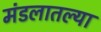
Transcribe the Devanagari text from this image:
मंडलातल्या